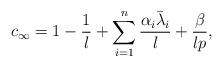
LaTeX: \begin{align*}c_\infty= 1-\frac{1}{l}+\sum_{i=1}^n \frac{\alpha_i \bar{\lambda}_i}{l}+\frac{\beta}{lp},\end{align*}